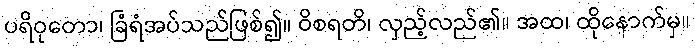
ပရိဝုတော၊ ခြံရံအပ်သည်ဖြစ်၍။ ဝိစရတိ၊ လှည့်လည်၏။ အထ၊ ထိုနောက်မှ။